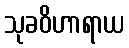
သုခဝိဟာရာယ